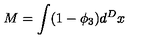
M = \int ( 1 - \phi _ { 3 } ) d ^ { D } x